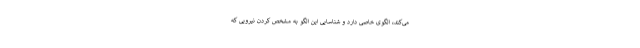
می‌کند، الگوی خاصی دارد و شناسایی این الگو به مشخص کردن نیرویی که